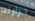
حرارته